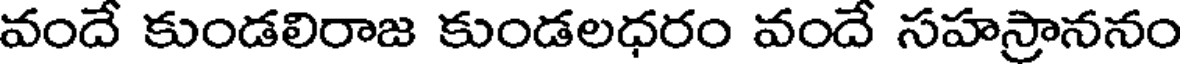
వందే కుండలిరాజ కుండలధరం వందే సహస్రాననం